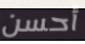
أحسن